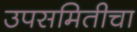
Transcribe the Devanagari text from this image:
उपसमितीचा